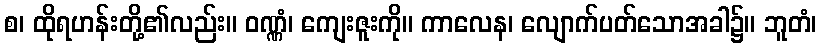
စ၊ ထိုရဟန်းတို့၏လည်း။ ဝဏ္ဏံ၊ ကျေးဇူးကို။ ကာလေန၊ လျောက်ပတ်သောအခါ၌။ ဘူတံ၊